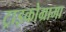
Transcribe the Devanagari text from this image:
ट्राइकोग्रामा